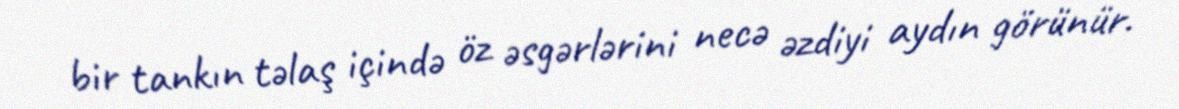
bir tankın təlaş içində öz əsgərlərini necə əzdiyi aydın görünür.